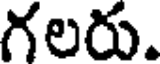
గలరు.